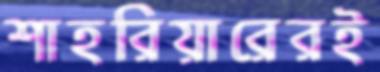
শাহরিয়ারেরই